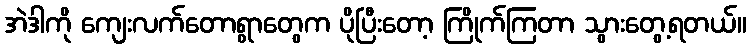
အဲဒါကို ကျေးလက်တောရွာတွေက ပိုပြီးတော့ ကြိုက်ကြတာ သွားတွေ့ရတယ်။